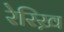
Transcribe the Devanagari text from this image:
रेरिख़